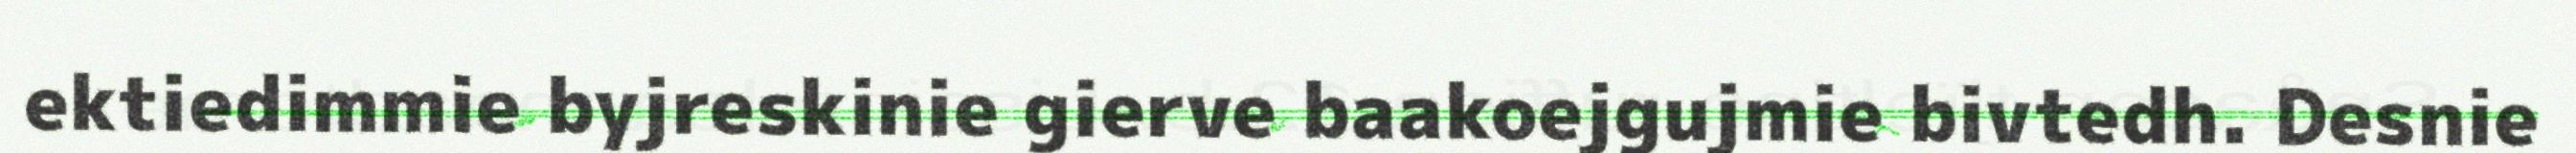
ektiedimmie byjreskinie gierve baakoejgujmie bivtedh. Desnie